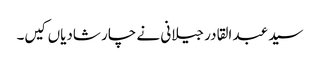
سید عبد القادر جیلانی نے چار شادیاں کیں۔